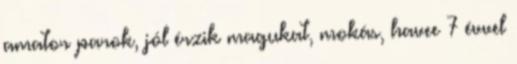
amator parok, jól érzik magukat, mokás, havee 7 évvel